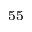
^ { 5 5 }